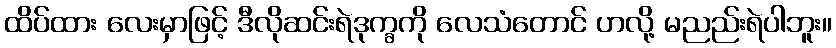
ထိပ်ထား လေးမှာဖြင့် ဒီလိုဆင်းရဲဒုက္ခကို လေသံတောင် ဟလို့ မညည်းရဲပါဘူး။